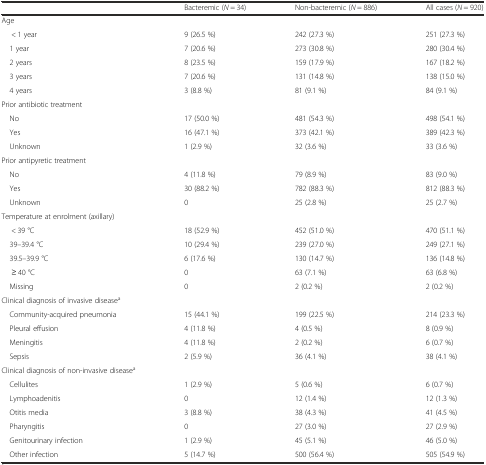
<table><thead><tr><td></td><td><b>Bacteremic (<i>N</i> = 34)</b></td><td><b>Non-bacteremic (<i>N</i> = 886)</b></td><td><b>All cases (<i>N</i> = 920)</b></td></tr></thead><tbody><tr><td>Age</td><td></td><td></td><td></td></tr><tr><td>&lt; 1 year</td><td>9 (26.5 %)</td><td>242 (27.3 %)</td><td>251 (27.3 %)</td></tr><tr><td> 1 year</td><td>7 (20.6 %)</td><td>273 (30.8 %)</td><td>280 (30.4 %)</td></tr><tr><td> 2 years</td><td>8 (23.5 %)</td><td>159 (17.9 %)</td><td>167 (18.2 %)</td></tr><tr><td> 3 years</td><td>7 (20.6 %)</td><td>131 (14.8 %)</td><td>138 (15.0 %)</td></tr><tr><td> 4 years</td><td>3 (8.8 %)</td><td>81 (9.1 %)</td><td>84 (9.1 %)</td></tr><tr><td>Prior antibiotic treatment</td><td></td><td></td><td></td></tr><tr><td> No</td><td>17 (50.0 %)</td><td>481 (54.3 %)</td><td>498 (54.1 %)</td></tr><tr><td> Yes</td><td>16 (47.1 %)</td><td>373 (42.1 %)</td><td>389 (42.3 %)</td></tr><tr><td> Unknown</td><td>1 (2.9 %)</td><td>32 (3.6 %)</td><td>33 (3.6 %)</td></tr><tr><td>Prior antipyretic treatment</td><td></td><td></td><td></td></tr><tr><td> No</td><td>4 (11.8 %)</td><td>79 (8.9 %)</td><td>83 (9.0 %)</td></tr><tr><td> Yes</td><td>30 (88.2 %)</td><td>782 (88.3 %)</td><td>812 (88.3 %)</td></tr><tr><td> Unknown</td><td>0</td><td>25 (2.8 %)</td><td>25 (2.7 %)</td></tr><tr><td>Temperature at enrolment (axillary)</td><td></td><td></td><td></td></tr><tr><td>&lt; 39 °C</td><td>18 (52.9 %)</td><td>452 (51.0 %)</td><td>470 (51.1 %)</td></tr><tr><td> 39–39.4 °C</td><td>10 (29.4 %)</td><td>239 (27.0 %)</td><td>249 (27.1 %)</td></tr><tr><td> 39.5–39.9 °C</td><td>6 (17.6 %)</td><td>130 (14.7 %)</td><td>136 (14.8 %)</td></tr><tr><td>≥ 40 °C</td><td>0</td><td>63 (7.1 %)</td><td>63 (6.8 %)</td></tr><tr><td> Missing</td><td>0</td><td>2 (0.2 %)</td><td>2 (0.2 %)</td></tr><tr><td>Clinical diagnosis of invasive disease<sup>a</sup></td><td></td><td></td><td></td></tr><tr><td> Community-acquired pneumonia</td><td>15 (44.1 %)</td><td>199 (22.5 %)</td><td>214 (23.3 %)</td></tr><tr><td> Pleural effusion</td><td>4 (11.8 %)</td><td>4 (0.5 %)</td><td>8 (0.9 %)</td></tr><tr><td> Meningitis</td><td>4 (11.8 %)</td><td>2 (0.2 %)</td><td>6 (0.7 %)</td></tr><tr><td> Sepsis</td><td>2 (5.9 %)</td><td>36 (4.1 %)</td><td>38 (4.1 %)</td></tr><tr><td>Clinical diagnosis of non-invasive disease<sup>a</sup></td><td></td><td></td><td></td></tr><tr><td> Cellulites</td><td>1 (2.9 %)</td><td>5 (0.6 %)</td><td>6 (0.7 %)</td></tr><tr><td> Lymphoadenitis</td><td>0</td><td>12 (1.4 %)</td><td>12 (1.3 %)</td></tr><tr><td> Otitis media</td><td>3 (8.8 %)</td><td>38 (4.3 %)</td><td>41 (4.5 %)</td></tr><tr><td> Pharyngitis</td><td>0</td><td>27 (3.0 %)</td><td>27 (2.9 %)</td></tr><tr><td> Genitourinary infection</td><td>1 (2.9 %)</td><td>45 (5.1 %)</td><td>46 (5.0 %)</td></tr><tr><td> Other infection</td><td>5 (14.7 %)</td><td>500 (56.4 %)</td><td>505 (54.9 %)</td></tr></tbody></table>